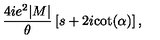
\frac { 4 i e ^ { 2 } | M | } { \theta } \left[ s + 2 i \mathrm { c o t } ( \alpha ) \right] ,